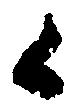
々